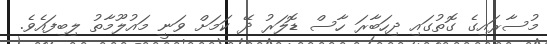
މުސާރައިގެ ގޮތުގައި ދިހަބާރަ ހާސް ޑޮލަރު ދޭ ކަމަށް ވަނީ މައުލޫމާތު ލިބިފައެވެ.